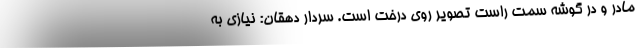
مادر و در گوشه سمت راست تصویر روی درخت است. سردار دهقان: نیازی به